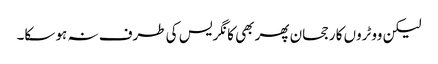
لیکن ووٹروں کا رجحان پھر بھی کانگریس کی طرف نہ ہو سکا۔